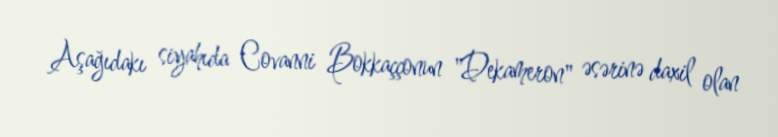
Aşağıdakı siyahıda Covanni Bokkaççonun "Dekameron" əsərinə daxil olan